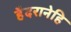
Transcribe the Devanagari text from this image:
हैदरानेहि